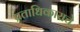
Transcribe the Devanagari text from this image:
प्रताधिकाराचे